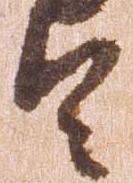
令